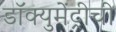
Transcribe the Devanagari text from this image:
डॉक्युमेंट्रीची